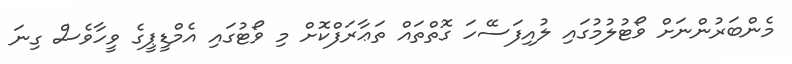
މެންބަރުންނަށް ވޯޓުލުމުގައި ލުއިފަސޭހަ ގޮތްތައް ތަޢާރަފްކޮށް މި ވޯޓުގައި އެމްޑީޕީގެ ވީހާވެސް ގިނަ